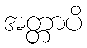
အတ္တာပိ